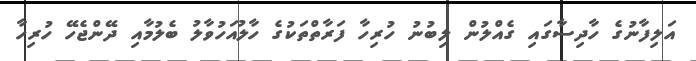
އަލިފާނުގެ ހާދިސާގައި ގެއްލުން ލިބުނު ހުރިހާ ފަރާތްތަކުގެ ހާލުއަހުވާލު ބެލުމާއި ދޭންޖެހޭ ހުރިހާ